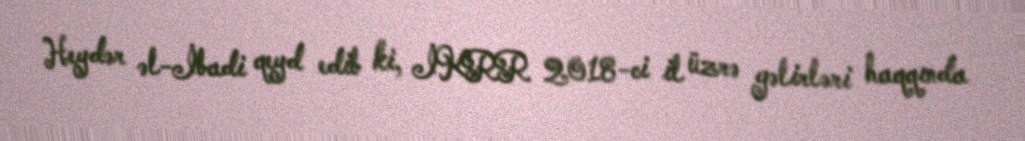
Heydər əl-İbadi qeyd edib ki, İKRR 2018-ci il üzrə gəlirləri haqqında